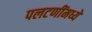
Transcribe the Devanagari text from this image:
पलटणींमध्ये